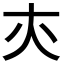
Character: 𡗕